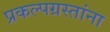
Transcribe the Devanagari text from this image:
प्रकल्पग्रस्तांना